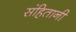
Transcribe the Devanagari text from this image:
संहितानी